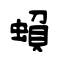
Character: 蝜